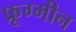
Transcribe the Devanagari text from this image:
फ्रूग्मीन